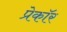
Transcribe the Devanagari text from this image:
प्रेकॉर